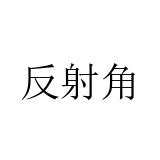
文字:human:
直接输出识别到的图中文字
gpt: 反射角